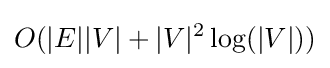
O(|E||V|+|V|^{2}\log(|V|))